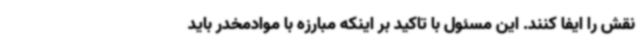
نقش را ایفا کنند. این مسئول با تاکید بر اینکه مبارزه با موادمخدر باید